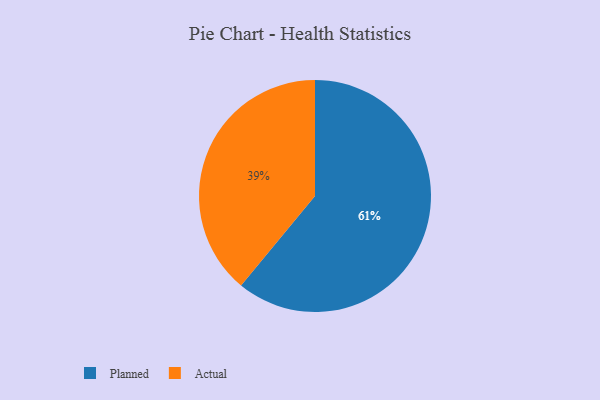
{"axis": {"x": "Category", "y": "Percentage"}, "legend": ["Actual", "Planned"], "data": [{"x": "Planned", "y": 61, "type": "Planned"}, {"x": "Actual", "y": 39, "type": "Actual"}]}